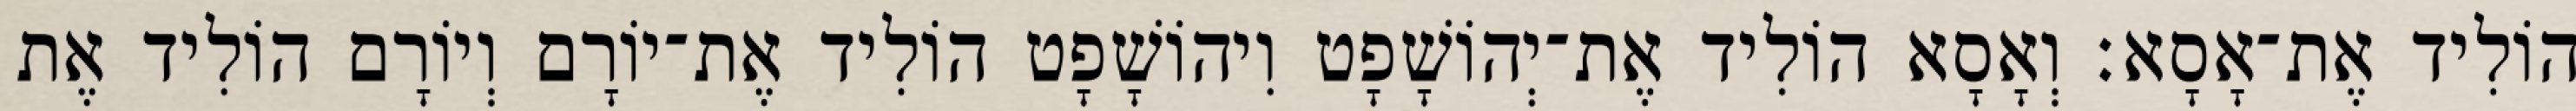
הוֹלִיד אֶת־אָסָא׃ וְאָסָא הוֹלִיד אֶת־יְהוֹשָׁפָט וִיהוֹשָׁפָט הוֹלִיד אֶת־יוֹרָם וְיוֹרָם הוֹלִיד אֶת